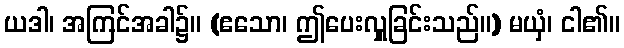
ယဒါ၊ အကြင်အခါ၌။ (ဧသော၊ ဤပေးလှူခြင်းသည်။) မယှံ၊ ငါ၏။